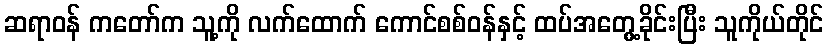
ဆရာဝန် ကတော်က သူ့ကို လက်ထောက် ကောင်စစ်ဝန်နှင့် ထပ်အတွေ့ခိုင်းပြီး သူကိုယ်တိုင်